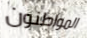
المواطنون